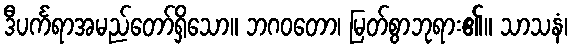
ဒီပင်္ကရာအမည်တော်ရှိသော။ ဘဂဝတော၊ မြတ်စွာဘုရား၏။ သာသနံ၊